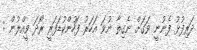
ދަރިފުޅު ފެނުނީ ވަގަށް ނެގިތާ ނުވަ އަހަރު ފަހުންކުޑަފަރީ ރޯދަ ވީއްލުން :